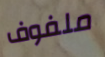
ملفوف